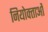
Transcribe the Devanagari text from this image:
नियोक्‍ताओं